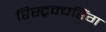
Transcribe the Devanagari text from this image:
रिस्ट्रक्चरिंग